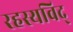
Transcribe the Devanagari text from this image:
रहस्यविद्